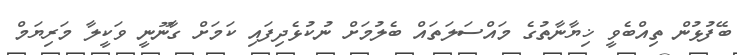
ބޭފުޅުން ތިއްބެވީ ޚިޔާނާތުގެ މައްސަލަތައް ބެލުމަށް ނުކުޅެދިފައި ކަމަށް ގާނޫނީ ވަކީލާ މަރިޔަމް